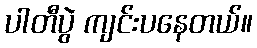
ပါတီပွဲ ကျင်းပနေတယ်။